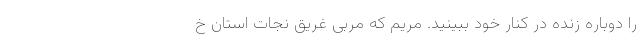
را دوباره زنده در کنار خود ببینید. مریم که مربی غریق نجات استان خ